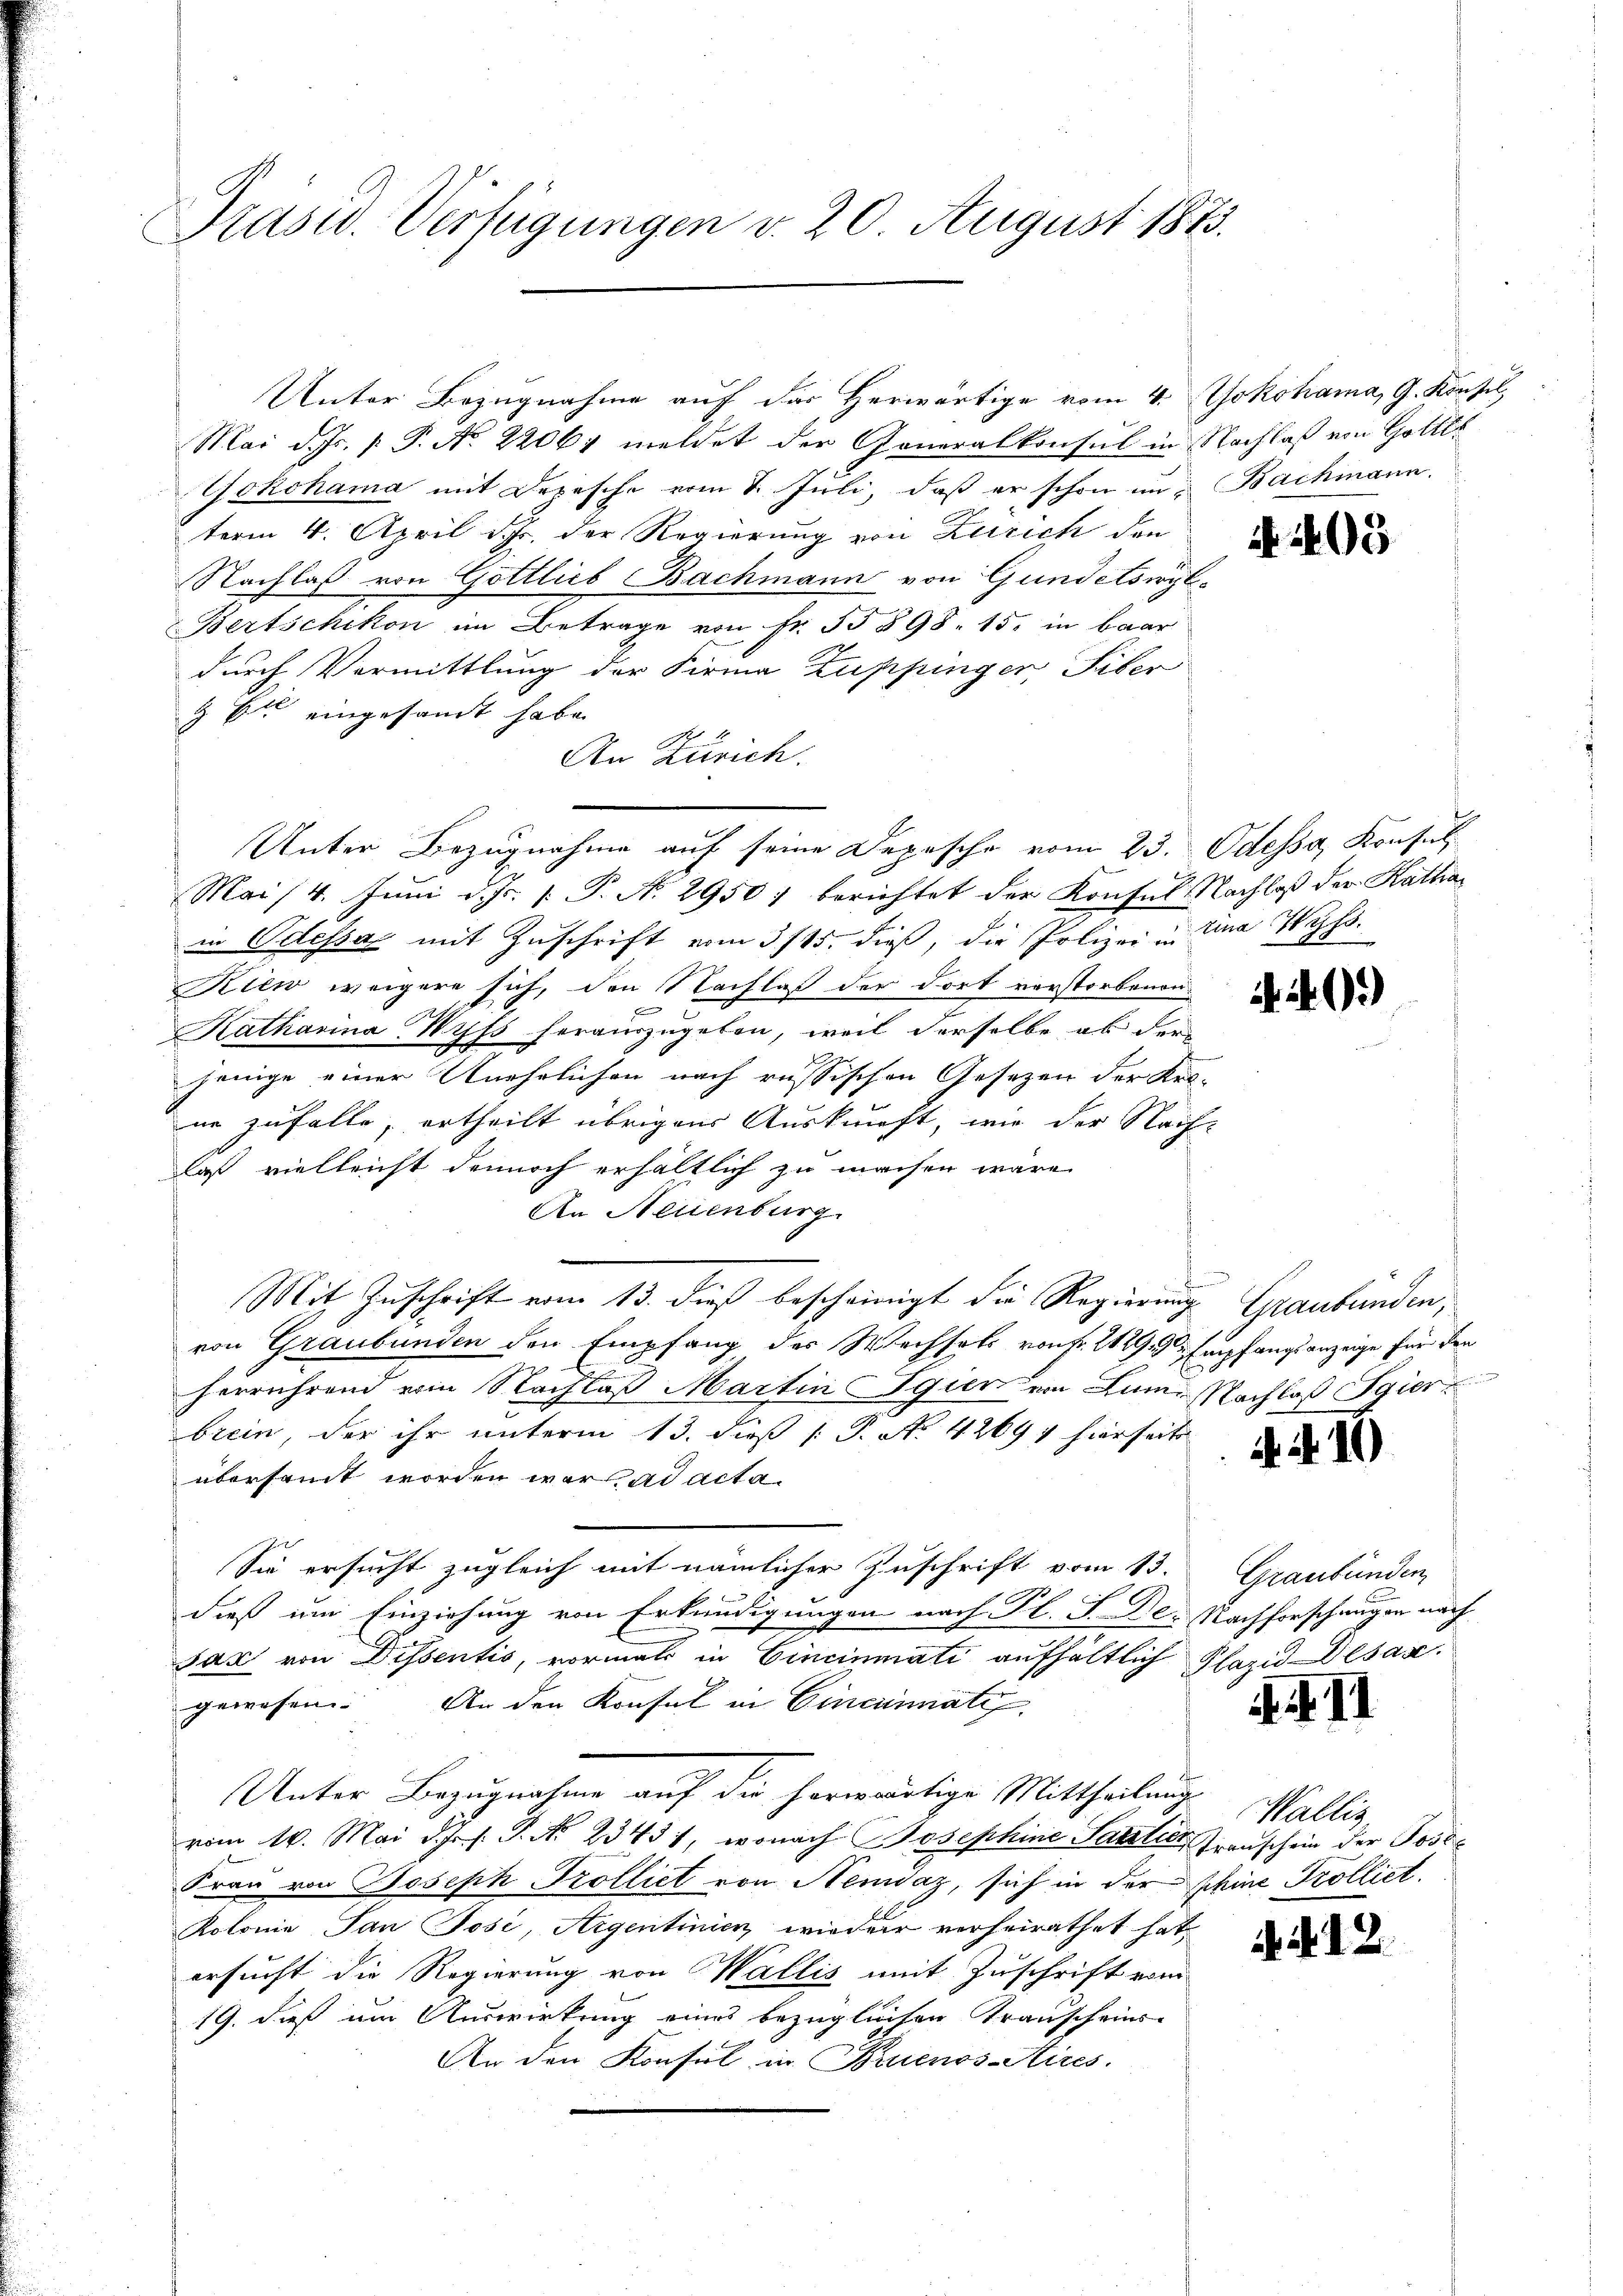
Präsid. Verfügungen v. 20 August 1873.

Mai d. Js. [ P. No. 22064 meldet der Generalkonsul in Nachlaß von Gottli
Yokohama mit Depesche vom 8. Juli, daß er schon an Bachmann.
term 4. April d. J. der Regierung von Zürich den
Nachlaß von Göttlieb Bachmann von Gundetswyl
Bertschikon im Betrage von Fr. 55 § 98. 15. in baar
durch Vermittlung der Firma Zuppinger, Tiber
 Du eingesandt habe.
An Zürich.
Mai/4. Juni d. Js. [ P. N. 2950, berichtet der Konsul Nachlaß der Kathain Odessa mit Zuschrift vom 3/15. dieß, die Polizei u. Lina Wyss.
Kiew weigere sich, den Nachlaß der dort vorstorbenen
ronung
Katharina Wyss herauszugeben, weil derselbe ab der
jenige einer Unehelichen nach russischen Gesetzen der Kro-
ne zufalle, ertheilt übrigens Auskunft, wie der Nach-
laß vielleicht dennoch erhältlich zu machen wäre.
An Neuenburg
Mit Zuschrift vom 13. dieß bescheinigt die Regierung Graubünden,
von Graubünden den Empfang des Wechsels von f. 2129 u. Empfangsanzeige für den
herrührend vom Nachlaß Martin guer von Lum. Nachlaß Sgier
brein, der ihr unterm 13. dieß P. No. 42694 hierseits
übersant worden war, ad acta.
Sie ersucht zugleich mit nämlicher Zuschrift vom 13. Graubünden,
dieß um Einziehung von Erkundigungen nach Kl. J. Der Nachforschungen nach
saz von Dissentis, vormals in Cincinati aufhältlich Plazid Desar
gewesen. An den Konsul in Cincinati
Unter Bezugnahme auf die herwärtige Mittheilung
vom 16. Mai d. J. P. Nr. 23431, wonach Josephine Sattler, Transchein der Poste
Frau von Joseph Trolliet von Nemdaz, sich in der phine Trolliet.
Kolonie Tan Tose, Aigentinien, wieder verheirathet hat
ersucht die Regierung von Wallis mit Zuschrift vom
19. dieß um Auswirkung eines bezüglichen Transcheins-
An den Konsul in Bruenos-Aires.

Unter Bezugnahme auf das Herwärtige vom 4. Jokohama, G. Konsil,

Unter Bezugnahme auf seine Depesche vom 23. Odessa Konsul

Nr. 405

)

4. 410

44. II

Wallis

A12.